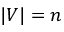
| V | = n